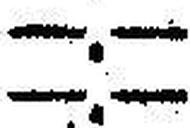
—.—